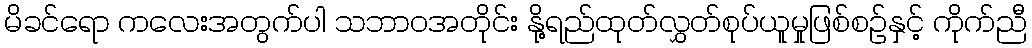
မိခင်ရော ကလေးအတွက်ပါ သဘာဝအတိုင်း နို့ရည်ထုတ်လွှတ်စုပ်ယူမှုဖြစ်စဉ်နှင့် ကိုက်ညီ